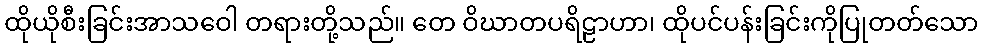
ထိုယိုစီးခြင်းအာသဝေါ တရားတို့သည်။ တေ ဝိဃာတပရိဠာဟာ၊ ထိုပင်ပန်းခြင်းကိုပြုတတ်သော